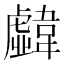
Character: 𩏣